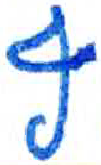
אות: ף